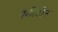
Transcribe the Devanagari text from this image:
पैकीटीन